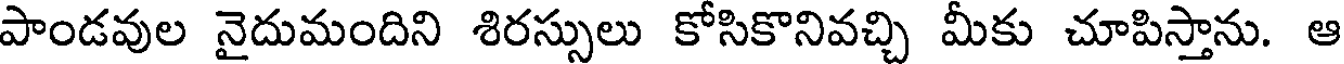
పాండవుల నైదుమందిని శిరస్సులు కోసికొనివచ్చి మీకు చూపిస్తాను. ఆ